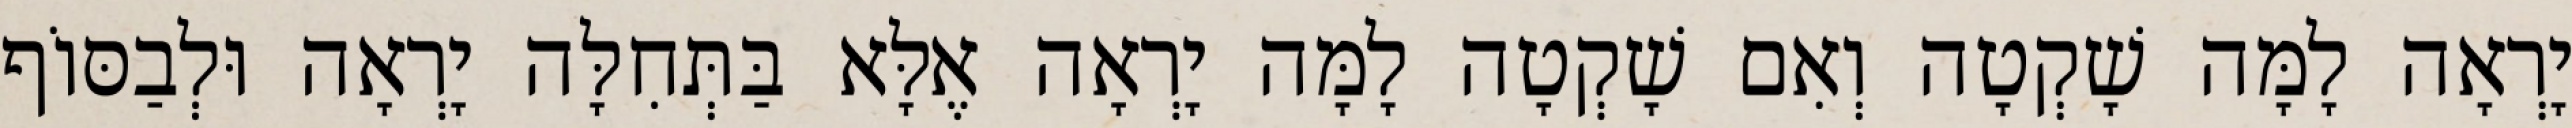
יָרְאָה לָמָּה שָׁקְטָה וְאִם שָׁקְטָה לָמָּה יָרְאָה אֶלָּא בַּתְּחִלָּה יָרְאָה וּלְבַסּוֹף